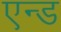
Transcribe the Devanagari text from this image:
एन्‍ड